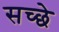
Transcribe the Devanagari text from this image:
सच्छे